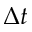
\Delta t